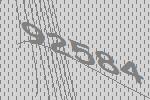
92584